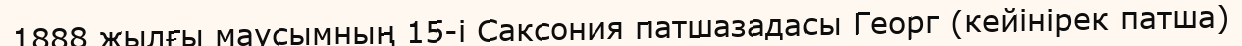
1888 жылғы маусымның 15-і Саксония патшазадасы Георг (кейінірек патша)